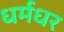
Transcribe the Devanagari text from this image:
धर्मधर